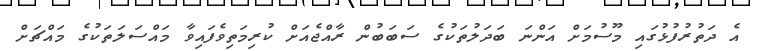
އެ ދަތުރުފުޅުގައި މޫސުމަށް އަންނަ ބަދަލުތަކުގެ ސަބަބުން ރާއްޖެއަށް ކުރިމަތިވެފައިވާ މައްސަލަތަކުގެ މައްޗަށް